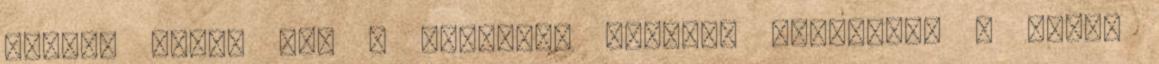
mással küzd. Ami a számomra állandó nehézség, a másik